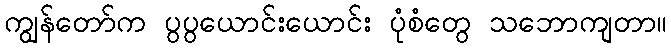
ကျွန်တော်က ပွပွယောင်းယောင်း ပုံစံတွေ သဘောကျတာ။